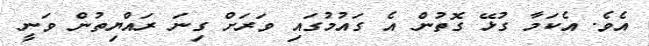
އެވެ. އެކަމާ ގުޅޭ ގޮތުން އެ ގައުމުގައި ވަރަށް ގިނަ ރައްޔިތުން ވަނީ